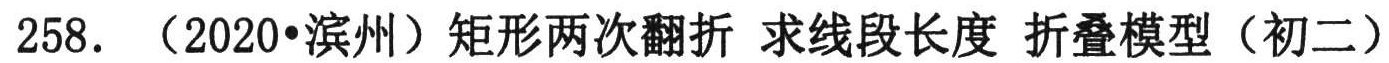
258. （2020•滨州）矩形两次翻折 求线段长度 折叠模型（初二）